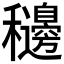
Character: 𥤓